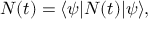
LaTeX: { \cal N } ( t ) = \langle \psi | N ( t ) | \psi \rangle ,